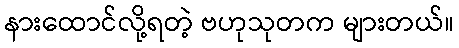
နားထောင်လို့ရတဲ့ ဗဟုသုတက များတယ်။